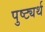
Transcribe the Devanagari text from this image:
पुष्ट्यर्थ